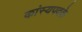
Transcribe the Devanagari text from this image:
कांस्यपदके